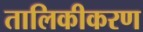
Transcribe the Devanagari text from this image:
तालिकीकरण